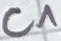
Text: C1